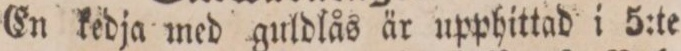
En kedja med guldlås är upphittad i 5:te